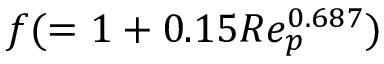
f ( = 1 + 0 . 1 5 R e _ { p } ^ { 0 . 6 8 7 } )